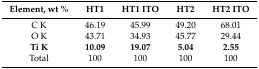
<table><thead><tr><td><b>Element, wt %</b></td><td><b>HT1</b></td><td><b>HT1 ITO</b></td><td><b>HT2</b></td><td><b>HT2 ITO</b></td></tr></thead><tbody><tr><td>C K</td><td>46.19</td><td>45.99</td><td>49.20</td><td>68.01</td></tr><tr><td>O K</td><td>43.71</td><td>34.93</td><td>45.77</td><td>29.44</td></tr><tr><td><b>Ti K</b></td><td><b>10.09</b></td><td><b>19.07</b></td><td><b>5.04</b></td><td><b>2.55</b></td></tr><tr><td>Total</td><td>100</td><td>100</td><td>100</td><td>100</td></tr></tbody></table>